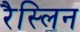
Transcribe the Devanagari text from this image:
रैस्लिन